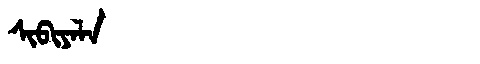
Manchu: ᠰᡳᠪᡳᠶᠠᠯᠠ
Romanization: SIBIYALA